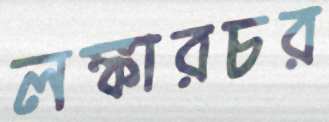
লঙ্কারচর